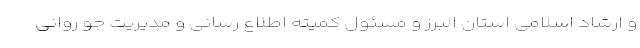
و ارشاد اسلامی استان البرز و مسئول کمیته اطلاع رسانی و مدیریت جو روانی